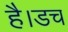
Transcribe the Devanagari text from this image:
है।डच